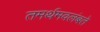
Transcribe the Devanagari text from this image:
तमर्थमवलंबते